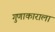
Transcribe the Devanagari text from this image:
गुणाकाराला